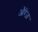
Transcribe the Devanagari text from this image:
औरेंज़